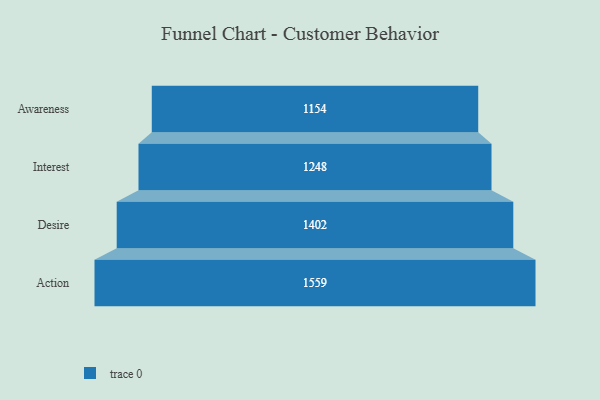
{"axis": {"x": "Stage", "y": "Value"}, "legend": [""], "data": [{"x": "Awareness", "y": 1154.0, "type": ""}, {"x": "Interest", "y": 1248.0, "type": ""}, {"x": "Desire", "y": 1402.0, "type": ""}, {"x": "Action", "y": 1559.0, "type": ""}]}